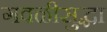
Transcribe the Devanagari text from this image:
गवळीसुद्धा